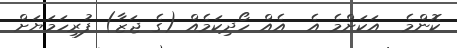
ކޮންމެ  އަކަށްމެ އެ  އެއް ހޯދިކަމެއް (ގެ ޖަޒާ) ފުރިހަމަޔަށް